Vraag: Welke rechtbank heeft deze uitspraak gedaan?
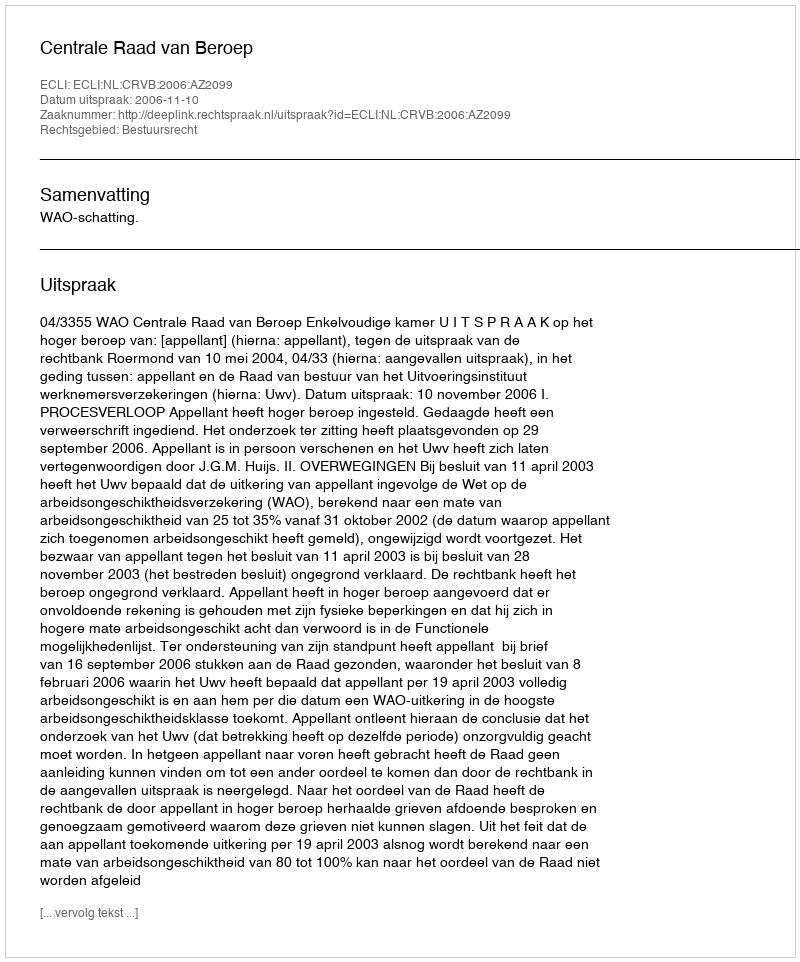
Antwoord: Centrale Raad van Beroep